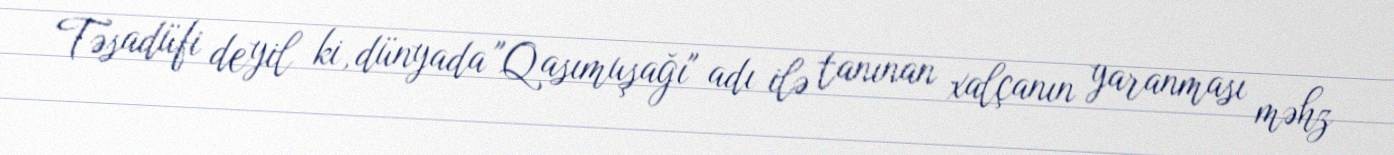
Təsadüfi deyil ki, dünyada "Qasımuşağı" adı ilə tanınan xalçanın yaranması məhz